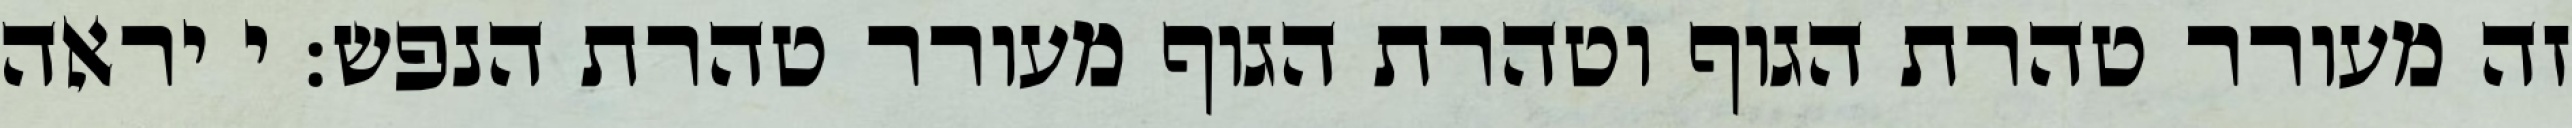
זה מעורר טהרת הגוף וטהרת הגוף מעורר טהרת הנפש: י יראה